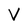
Character: V